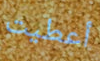
أعطيت